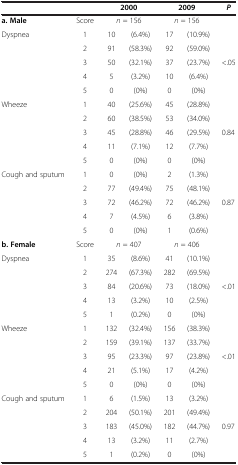
<table><thead><tr><td><b> </b></td><td><b> </b></td><td colspan="2"><b>2000</b></td><td colspan="2"><b>2009</b></td><td><b><i>P</i></b></td></tr></thead><tbody><tr><td><b>a. Male</b></td><td>Score</td><td colspan="2"><i>n</i> = 156</td><td colspan="2"><i>n</i> = 156</td><td> </td></tr><tr><td>Dyspnea</td><td>1</td><td>10</td><td>(6.4%)</td><td>17</td><td>(10.9%)</td><td rowspan="5">&lt;.05</td></tr><tr><td> </td><td>2</td><td>91</td><td>(58.3%)</td><td>92</td><td>(59.0%)</td></tr><tr><td> </td><td>3</td><td>50</td><td>(32.1%)</td><td>37</td><td>(23.7%)</td></tr><tr><td> </td><td>4</td><td>5</td><td>(3.2%)</td><td>10</td><td>(6.4%)</td></tr><tr><td> </td><td>5</td><td>0</td><td>(0%)</td><td>0</td><td>(0%)</td></tr><tr><td>Wheeze</td><td>1</td><td>40</td><td>(25.6%)</td><td>45</td><td>(28.8%)</td><td rowspan="5">0.84</td></tr><tr><td> </td><td>2</td><td>60</td><td>(38.5%)</td><td>53</td><td>(34.0%)</td></tr><tr><td> </td><td>3</td><td>45</td><td>(28.8%)</td><td>46</td><td>(29.5%)</td></tr><tr><td> </td><td>4</td><td>11</td><td>(7.1%)</td><td>12</td><td>(7.7%)</td></tr><tr><td> </td><td>5</td><td>0</td><td>(0%)</td><td>0</td><td>(0%)</td></tr><tr><td>Cough and sputum</td><td>1</td><td>0</td><td>(0%)</td><td>2</td><td>(1.3%)</td><td rowspan="5">0.87</td></tr><tr><td> </td><td>2</td><td>77</td><td>(49.4%)</td><td>75</td><td>(48.1%)</td></tr><tr><td> </td><td>3</td><td>72</td><td>(46.2%)</td><td>72</td><td>(46.2%)</td></tr><tr><td> </td><td>4</td><td>7</td><td>(4.5%)</td><td>6</td><td>(3.8%)</td></tr><tr><td> </td><td>5</td><td>0</td><td>(0%)</td><td>1</td><td>(0.6%)</td></tr><tr><td><b>b. Female</b></td><td>Score</td><td colspan="2"><i>n</i> = 407</td><td colspan="2"><i>n</i> = 406</td><td> </td></tr><tr><td>Dyspnea</td><td>1</td><td>35</td><td>(8.6%)</td><td>41</td><td>(10.1%)</td><td rowspan="5">&lt;.01</td></tr><tr><td> </td><td>2</td><td>274</td><td>(67.3%)</td><td>282</td><td>(69.5%)</td></tr><tr><td> </td><td>3</td><td>84</td><td>(20.6%)</td><td>73</td><td>(18.0%)</td></tr><tr><td> </td><td>4</td><td>13</td><td>(3.2%)</td><td>10</td><td>(2.5%)</td></tr><tr><td> </td><td>5</td><td>1</td><td>(0.2%)</td><td>0</td><td>(0%)</td></tr><tr><td>Wheeze</td><td>1</td><td>132</td><td>(32.4%)</td><td>156</td><td>(38.3%)</td><td rowspan="5">&lt;.01</td></tr><tr><td> </td><td>2</td><td>159</td><td>(39.1%)</td><td>137</td><td>(33.7%)</td></tr><tr><td> </td><td>3</td><td>95</td><td>(23.3%)</td><td>97</td><td>(23.8%)</td></tr><tr><td> </td><td>4</td><td>21</td><td>(5.1%)</td><td>17</td><td>(4.2%)</td></tr><tr><td> </td><td>5</td><td>0</td><td>(0%)</td><td>0</td><td>(0%)</td></tr><tr><td>Cough and sputum</td><td>1</td><td>6</td><td>(1.5%)</td><td>13</td><td>(3.2%)</td><td rowspan="4">0.97</td></tr><tr><td> </td><td>2</td><td>204</td><td>(50.1%)</td><td>201</td><td>(49.4%)</td></tr><tr><td> </td><td>3</td><td>183</td><td>(45.0%)</td><td>182</td><td>(44.7%)</td></tr><tr><td> </td><td>4</td><td>13</td><td>(3.2%)</td><td>11</td><td>(2.7%)</td></tr><tr><td> </td><td>5</td><td>1</td><td>(0.2%)</td><td>0</td><td>(0%)</td><td> </td></tr></tbody></table>